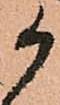
か